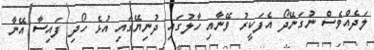
ލަދެއްވެސް ނުގަނޭދޯ އެފަކީރު ވޭނާއި ހާލުގައި ދުނިޔޭގައި އުޅެ ހޯދި ފައިސާ އޭނާ